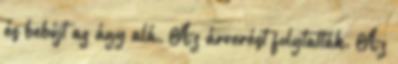
és bebújt az ágy alá. Az árverést folytatták. Az